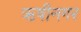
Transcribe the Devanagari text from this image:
ऋषीनगर